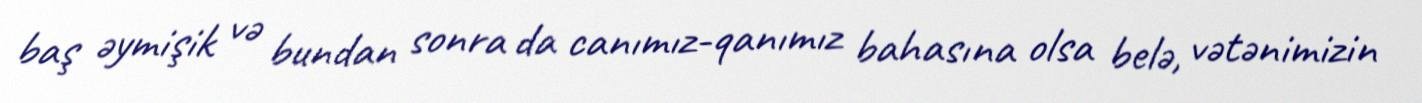
baş əymişik və bundan sonra da canımız-qanımız bahasına olsa belə, vətənimizin